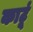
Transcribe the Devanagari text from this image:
काटूं